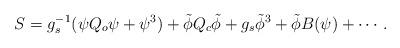
LaTeX: \begin{align*} S=g_s^{-1}(\psi Q_o \psi + \psi^3)+ \tilde{\phi} Q_c \tilde{\phi} + g_s \tilde{\phi}^3+ \tilde{\phi}B(\psi)+\cdots.\end{align*}